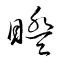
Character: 睽